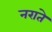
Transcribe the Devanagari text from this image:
नराते